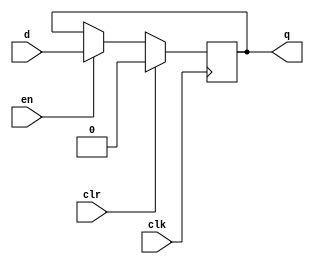
module dff_c(d, clr, en, clk, q);
	input d, clr, en, clk;
	output q;
	reg q;
	always @(posedge clk) begin
		if(clr) begin
			q = 1'b0;
		end else begin 
			if(en) begin
				q = d;
			end
		end
	end	
endmodule